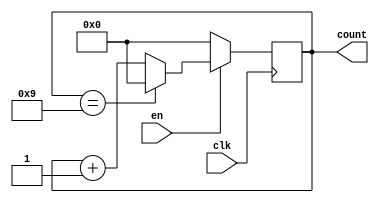
module bcd_up_counter (
    input wire clk, // clock signal
    input wire en, // enable signal
    output reg [3:0] count // BCD count output
);
    
    always @(posedge clk) begin
        if (en) begin // if enable signal is high
            if (count == 9'd9) // check if count reaches 9
                count <= 4'b0; // reset count to 0000
            else
                count <= count + 4'b1; // increment count by 1
        end
        else begin // if enable signal is low
            count <= 4'b0; // reset count to 0000
        end
    end
    
endmodule